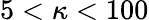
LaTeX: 5<\kappa<100